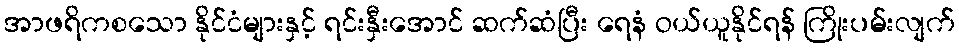
အာဖရိကစသော နိုင်ငံများနှင့် ရင်းနှီးအောင် ဆက်ဆံပြီး ရေနံ ဝယ်ယူနိုင်ရန် ကြိုးပမ်းလျက်